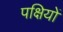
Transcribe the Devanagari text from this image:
पक्षियों